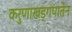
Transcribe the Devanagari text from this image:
करुणाखड्गपातेन